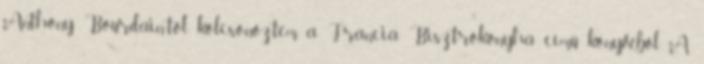
Anthony Bourdain-tól kölcsönöztem, a Francia Bisztrókonyha című könyvéből. A